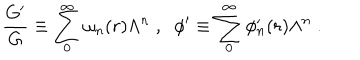
\frac { G ^ { \prime } } { G } \equiv \sum _ { 0 } ^ { \infty } \omega _ { n } ( r ) \Lambda ^ { n } \; , \; \; \phi ^ { \prime } \equiv \sum _ { 0 } ^ { \infty } \phi _ { n } ^ { \prime } ( r ) \Lambda ^ { n } \; .